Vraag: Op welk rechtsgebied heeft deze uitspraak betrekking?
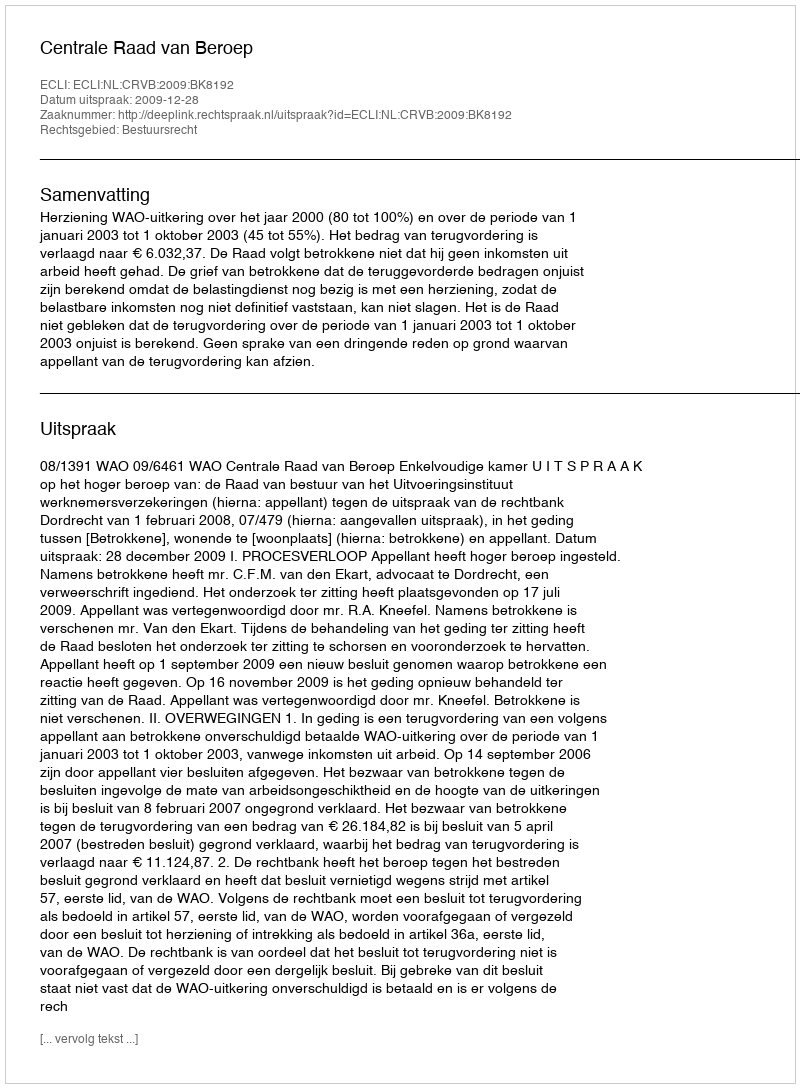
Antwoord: Bestuursrecht